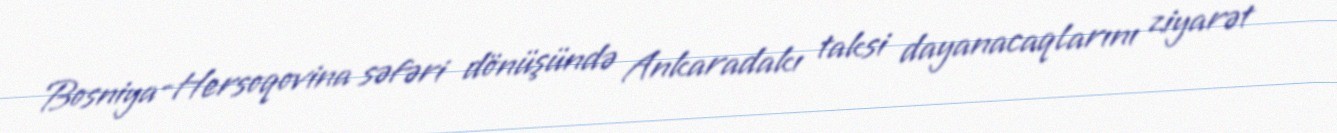
Bosniya-Hersoqovina səfəri dönüşündə Ankaradakı taksi dayanacaqlarını ziyarət